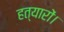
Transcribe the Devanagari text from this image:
हत्यारों।